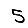
Digit: 5